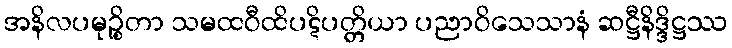
အနိလပမုဉ္စိတာ သမထဝီထိပဋိပတ္တိယာ ပညာဝိသေသာနံ ဆဋ္ဌီနိဒ္ဒိဋ္ဌဿ